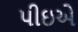
પીઇએ